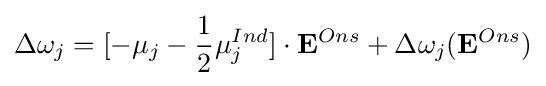
\Delta \omega _{j}=[-{\mathbf {\mu } }_{j}-{\frac {1}{2}}{\mathbf {\mu } }_{j}^{Ind}]\cdot {\mathbf {E} }^{Ons}+\Delta \omega _{j}({\mathbf {E} }^{Ons})